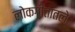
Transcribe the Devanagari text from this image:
लोकगीतातले